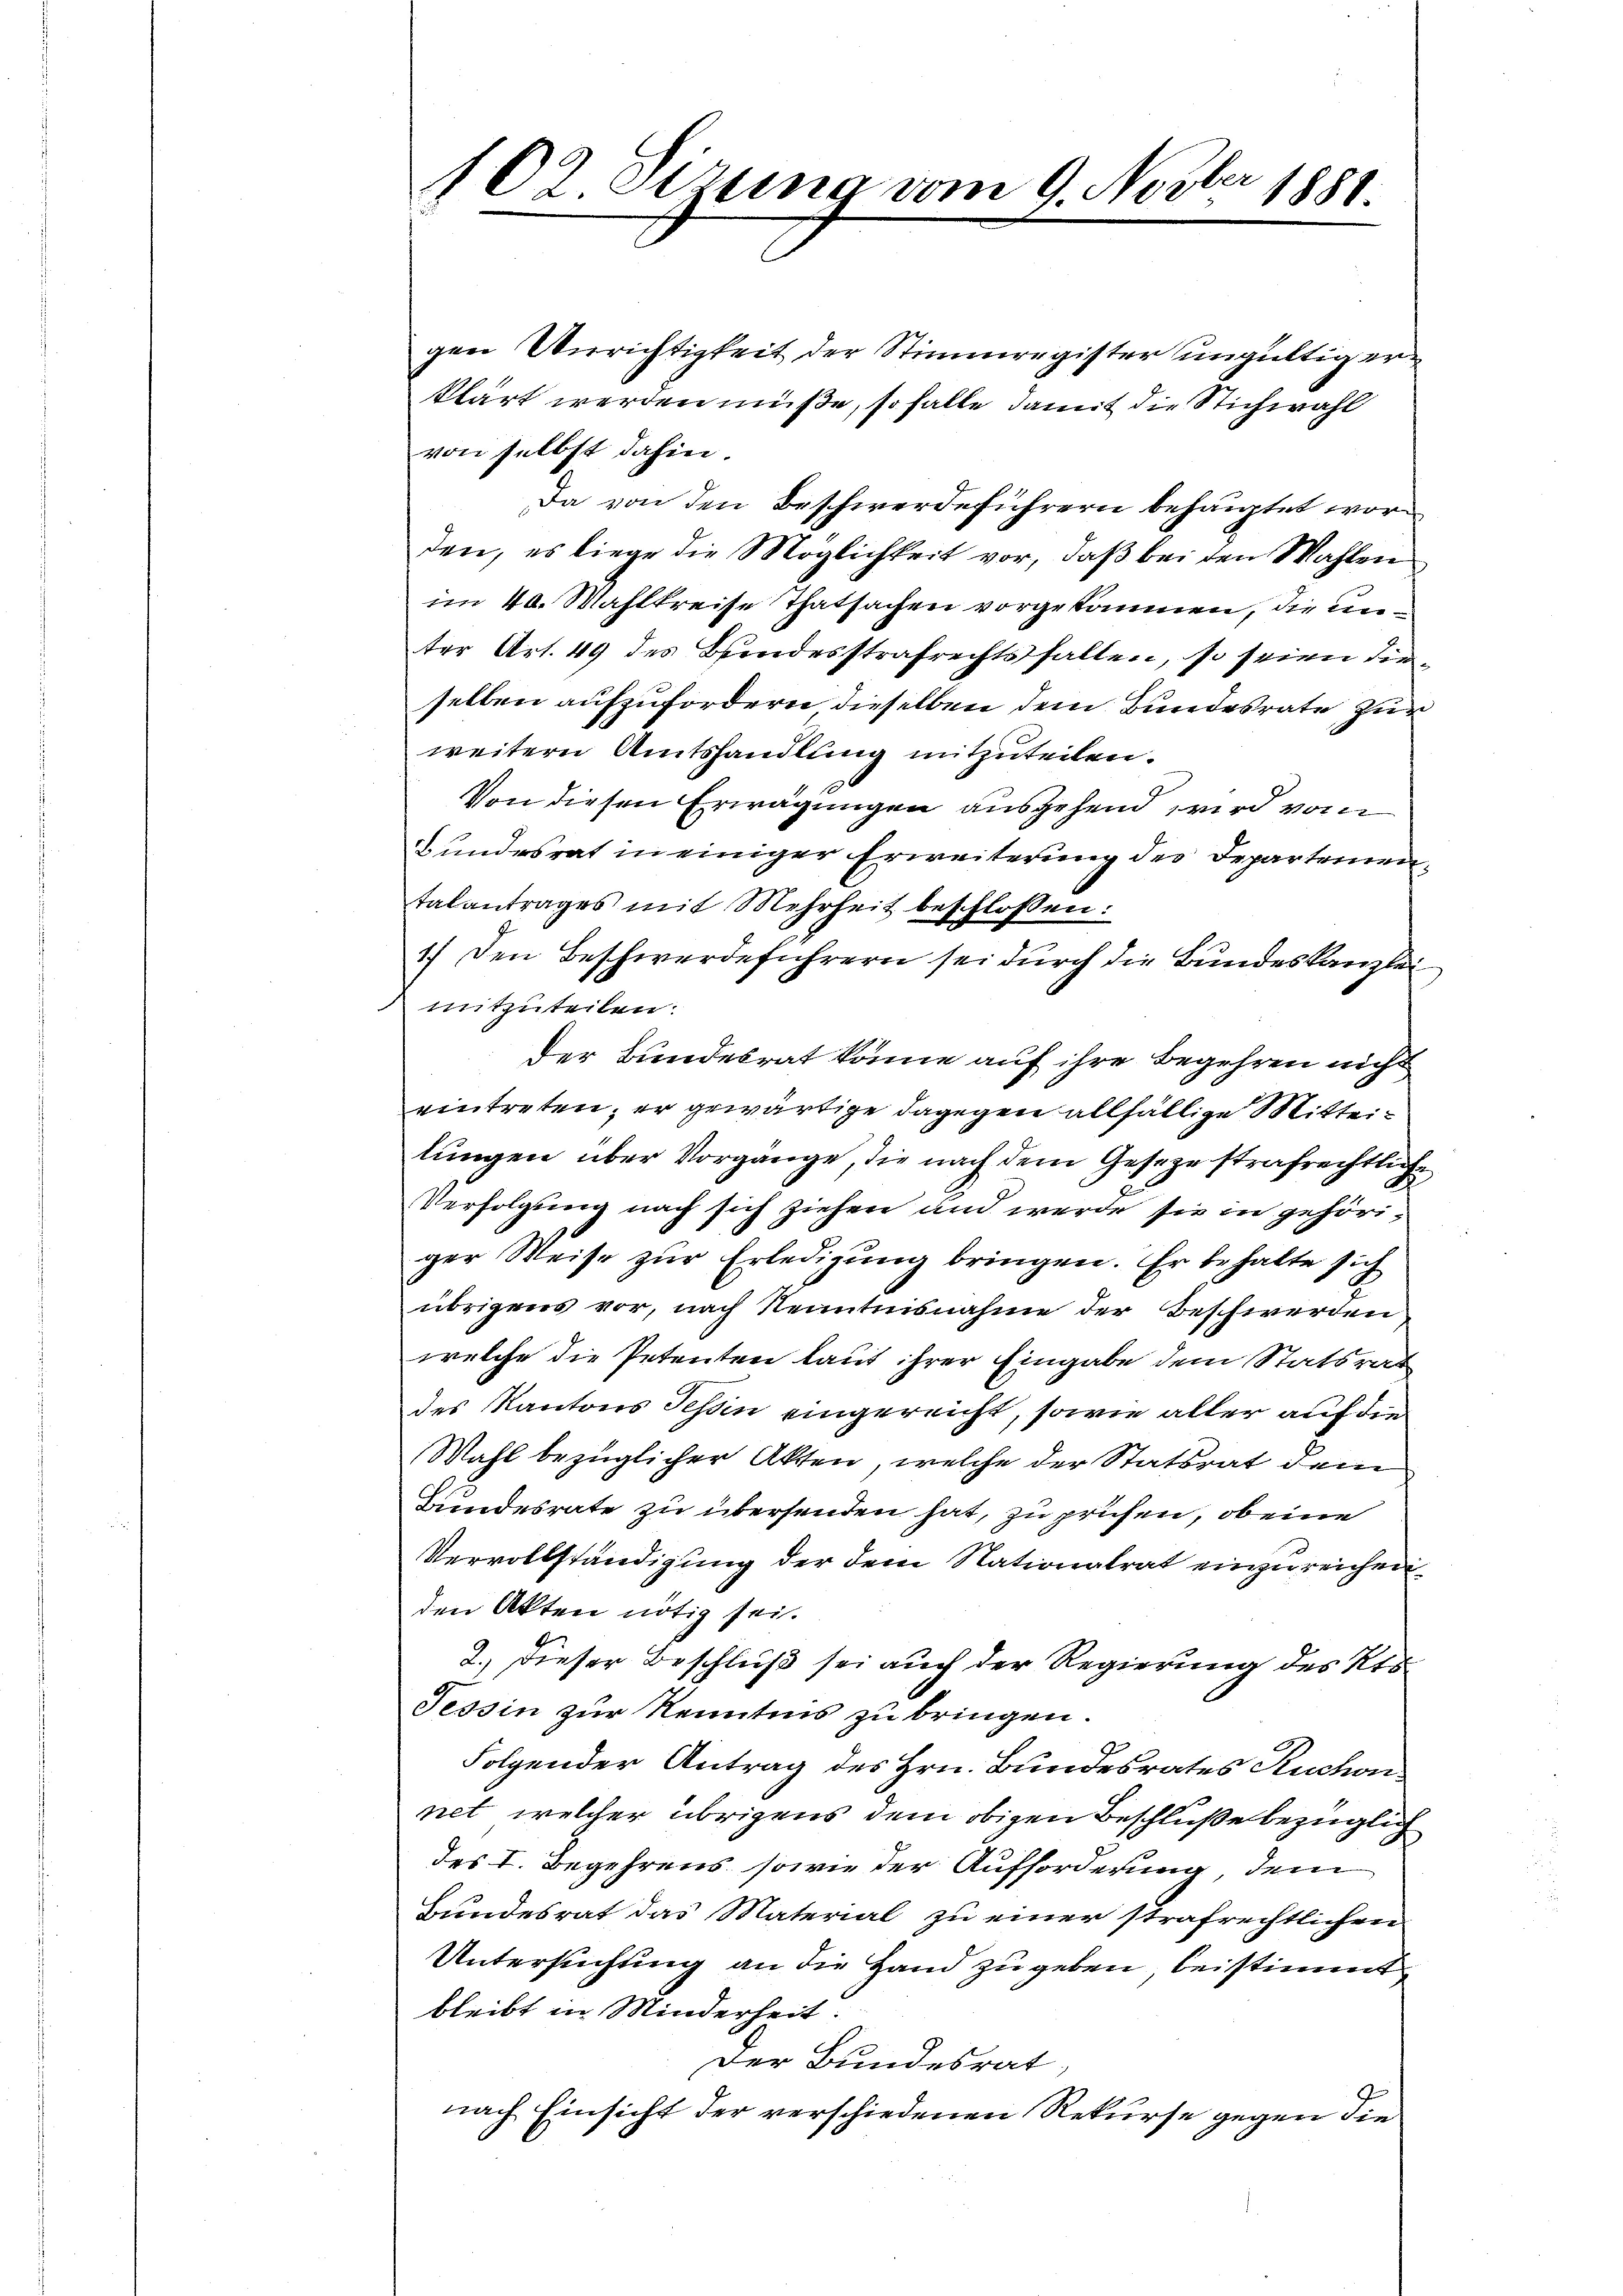
102. Setzung vom 9. Novber 1881
5

gen Verichtigkeit der Stimmregister ungültig erklärt werden müße, so falle damit die Stichwahl
von selbst dahin.
Da von den Beschwerdeführern behauptet worden, es liege die Möglichkeit vor, daß bei den Wahlen
im 40. Mahlkreise Thatsachen vorgekommen, die unter Art. 49 des Bundesstrafrechtsfallen, so seien dieselben aufzufordern dieselben dem Bundesrate zur
weitern Amtshandlung mitzuteilen.
Von diesen Erwägungen ausgehend wird vom
Bundesrat in einiger Erweiterung des Departemen,
talantrages mit Mehrheit beschlossen:
1.) Den Beschwerdeführern sei durch die Bundeskanzlei
mitzuteilen.
der Bundesrat könne auf ihre Begehren nicht
eintreten; er gewärtige dagegen allfällige Mitteilungen über Vorgänge, die nach dem Gesetze strafrechtliche
Verfolgung nach sich ziehen und werde sie in gehöriger Weise zur Erledigung bringen. Er behalte sich
übrigens vor, nach Nenntnisnahme der Beschwerden
welche die Petenten laut ihrer Eingabe dem Statsrat
des Kantons Tessin eingereicht, sowie aller auf die
Wahl bezüglicher Akten, welche der Statsrat dem
Bundesrate zu übersenden hat, zu prüfen, ob eine
Vervollständigung der dem Nationalrat einzureichen.
den Akten nötig sei.
2.) Dieser Beschluß sei auch der Regierung des Kts.
Tessin zur Kenntnis zu bringen.
Folgender Antrag des Hrn. Bundesrates Ruchon
net, welcher übrigens dem obigen Beschluße bezüglich
des I. Begehrens, sowie der Aufforderung, dem
Bundesrat das Material zu einer strafrechtlichen
Untersuchtung an die Hand zu geben, beistimmt
bleibt in Minderheit.
Der Bundesrat,
nach Einsicht der verschiedenen Rekurse gegen die